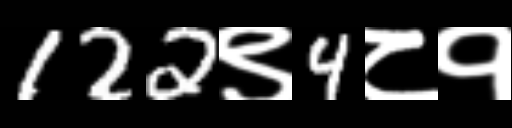
Text: 122९4८१